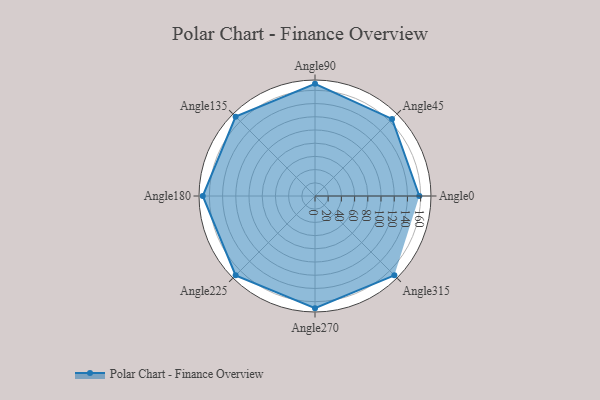
{"axis": {"x": "Angle", "y": "Radius"}, "legend": [""], "data": [{"x": "Angle0", "y": 158.0, "type": ""}, {"x": "Angle45", "y": 165.0, "type": ""}, {"x": "Angle90", "y": 170, "type": ""}, {"x": "Angle135", "y": 170, "type": ""}, {"x": "Angle180", "y": 170, "type": ""}, {"x": "Angle225", "y": 170, "type": ""}, {"x": "Angle270", "y": 170, "type": ""}, {"x": "Angle315", "y": 170, "type": ""}]}